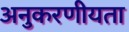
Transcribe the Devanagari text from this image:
अनुकरणीयता